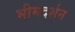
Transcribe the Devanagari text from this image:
भीमदर्शन